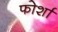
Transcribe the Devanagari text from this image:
फोर्शा